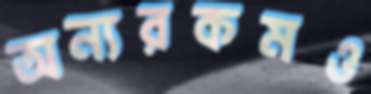
অন্যরকমও